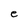
Character: e